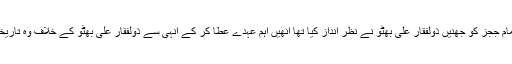
ان کی اس روش کا جنرل ضیاالحق نے خوب فائدہ اٹھایا اور ان تمام ججز کو جھنیں ذولفقار علی بھٹو نے نظر انداز کیا تھا انھیں اہم عہدے عطا کر کے انہی سے ذولفقار علی بھٹو کے خلاف وہ تاریخی فیصلہ حاصل کیا جسے دنیا عدالتی قتل سے موسوم کرتی ہے۔